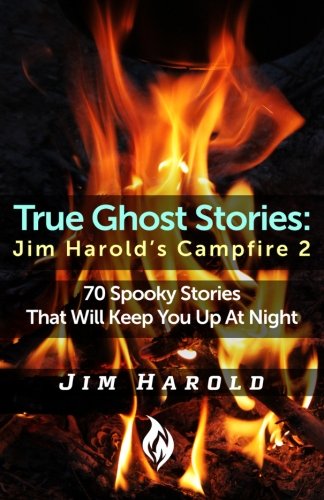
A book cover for True Ghost Stories: Jim Harold's Campfire 2; Jim Harold; Religion & Spirituality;